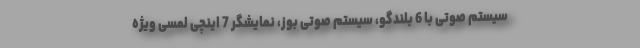
سیستم صوتی با 6 بلندگو، سیستم صوتی بوز، نمایشگر 7 اینچی لمسی ویژه